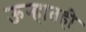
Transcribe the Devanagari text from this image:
ऊन्हातही